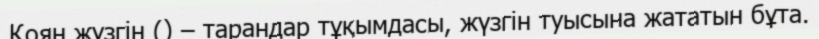
Қоян жүзгін () – тарандар тұқымдасы, жүзгін туысына жататын бұта.